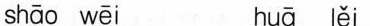
shāo wēi huā lěi